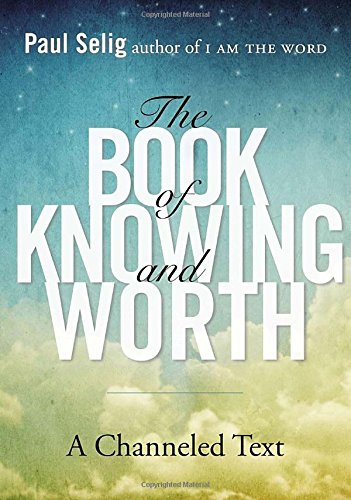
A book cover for The Book of Knowing and Worth: A Channeled Text; Paul Selig; Religion & Spirituality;